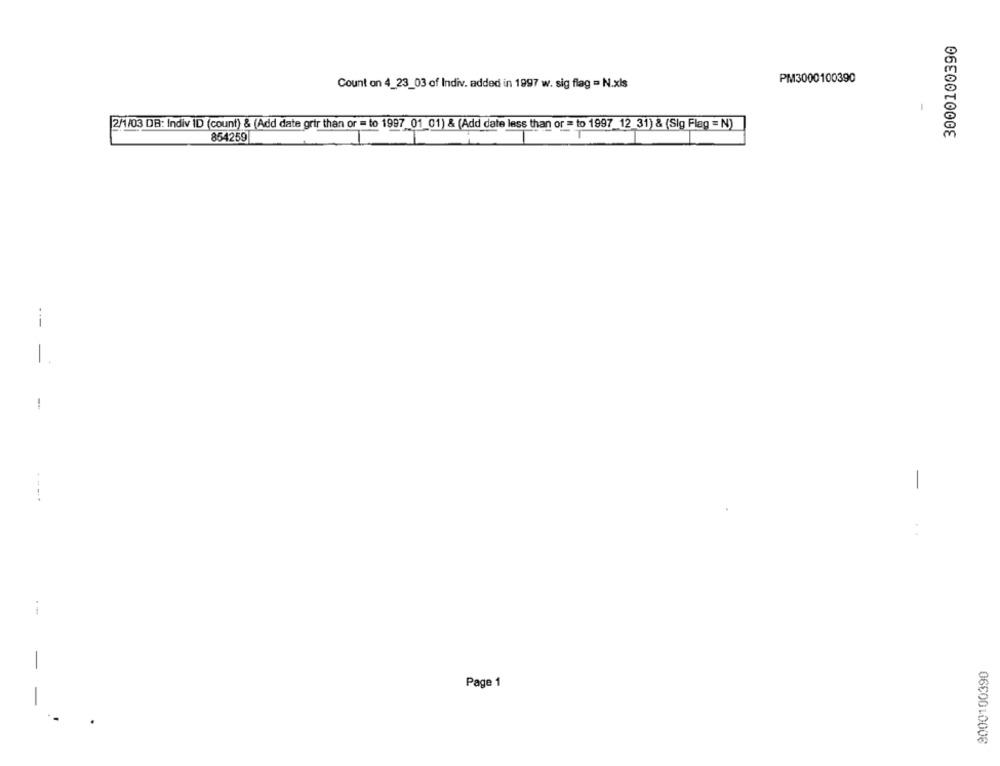
Count on 4_23_03 of Indiv. added in 1997 w. sig flag = N.xls
PM3000100390
21/03 DB: Indiv ID (count) & (Add date grir than or = to 1997_01_01) & (Add date less than or = to 1997_12_31) & (Sig Flag = N)
854259
---
-
-
-
- -
Page 1
0650010006